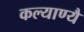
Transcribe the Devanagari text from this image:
कल्याण्यै